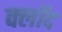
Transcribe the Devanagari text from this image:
क्लॉद